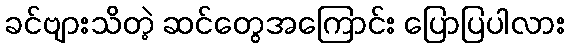
ခင်ဗျားသိတဲ့ ဆင်တွေအကြောင်း ပြောပြပါလား